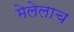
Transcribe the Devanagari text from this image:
मेलेलाच